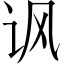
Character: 讽